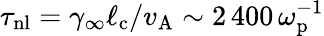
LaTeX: \tau_{\mathrm{nl}}=\gamma_{\infty}\ell_{\mathrm{c}}/v_{\mathrm{A}}\sim 2\, 400\, \omega_{\mathrm{p}}^{-1}